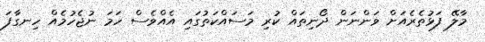
މާލޭ ފަޅުތެރެއަށް ވަންނަން ދޯނިތައް ކުރި މަސައްކަތުގައި އެއްވެސް ހަމަ ނުޖެހުމެއް ހިނގާފަ